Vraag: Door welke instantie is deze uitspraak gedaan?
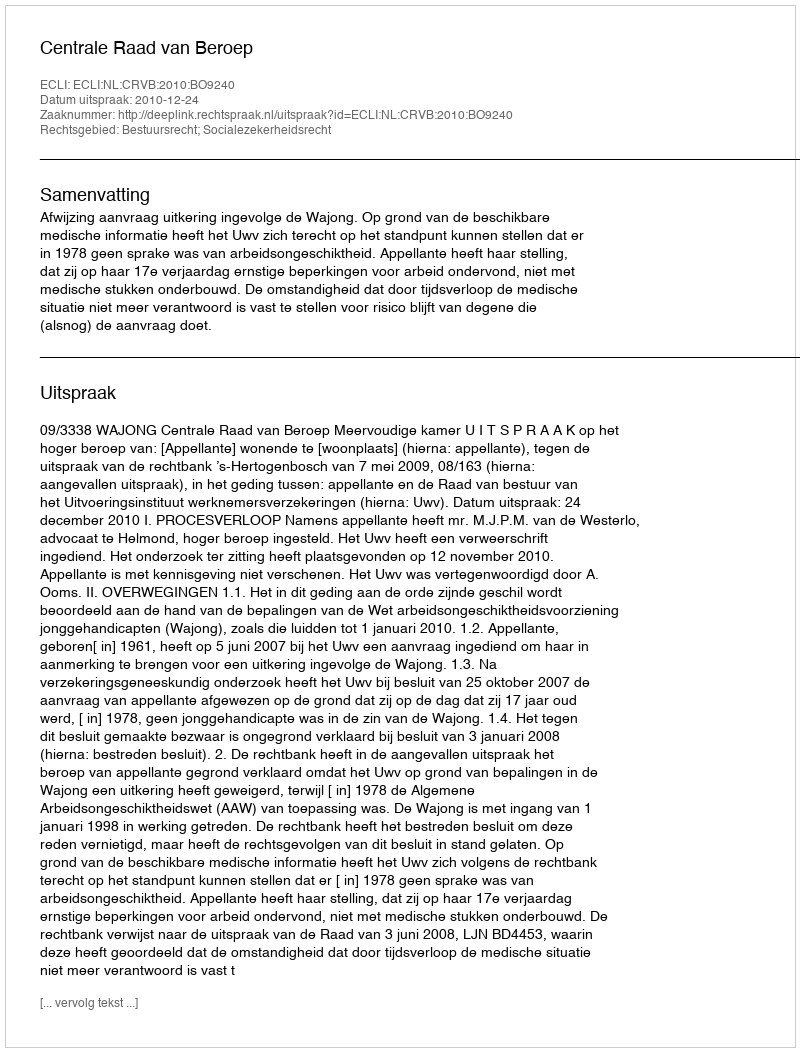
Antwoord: Centrale Raad van Beroep